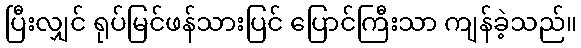
ပြီးလျှင် ရုပ်မြင်ဖန်သားပြင် ပြောင်ကြီးသာ ကျန်ခဲ့သည်။